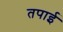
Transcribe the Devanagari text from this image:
तपाई